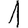
Digit: 1